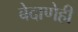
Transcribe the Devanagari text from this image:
बेदाणेही